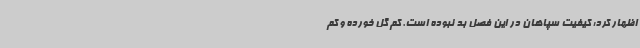
اظهار کرد: کیفیت سپاهان در این فصل بد نبوده است. کم گل خورده و کم